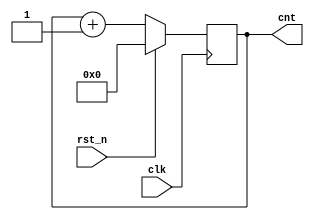
module counter(clk,rst_n,cnt);
input clk,rst_n;
output [7:0] cnt; //8bit

reg [7:0] cnt;

always @(posedge clk) begin //rst_n 1 
if(rst_n)
    cnt=8'h00; //h00 
else
    cnt=cnt+1;
end
endmodule

`timescale 1ns/1ps
module counter_tb;
reg clk,rst_n;
wire [7:0] cnt;

counter counter_inst(.clk(clk),.rst_n(rst_n),.cnt(cnt));

initial begin
    clk=0;
    rst_n=0; #2
    
    rst_n=1; #2 //cnt 
    rst_n=0; #200 //cnt 200 
    
    rst_n=1; #2 //cnt 
    rst_n=0; #10    //cnt 10 
    
    $finish;
end
always #1 clk = ~clk;

initial begin
    $monitor(" = %t, output cnt = %d", $time, cnt);
end
endmodule